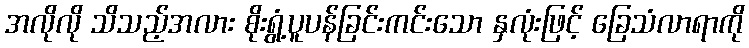
အလိုလို သိသည့်အလား စိုးရွံ့ပူပန်ခြင်းကင်းသော နှလုံးဖြင့် ခြေသံလာရာကို